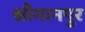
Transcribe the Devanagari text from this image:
श्रीमानपुर